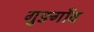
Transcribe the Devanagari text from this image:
गुङगाँव